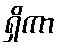
ရှိကာ